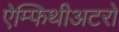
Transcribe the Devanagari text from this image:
ऐम्फिथीअटरों